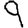
Digit: 9